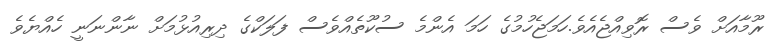
ރޫމާއަށް ވެސް ރޮވިއްޖެއެވެ.ހަމަޖެހުމުގެ ހަމަ އެންމެ ސުކޫތެއްވެސް ފަލަކްގެ ދިރިއުޅުމަށް ނާންނަނީ ހެއްޔެވެ